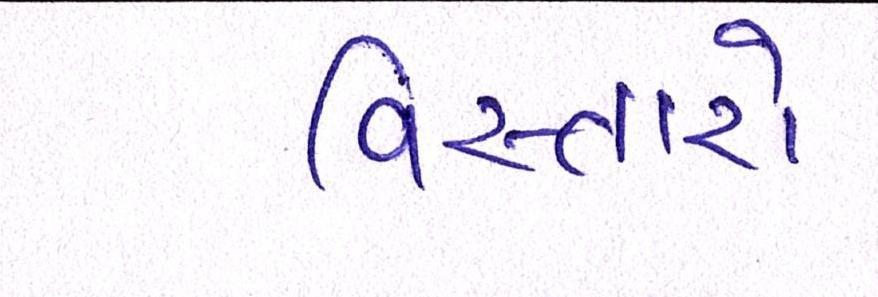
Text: વિસ્તારો